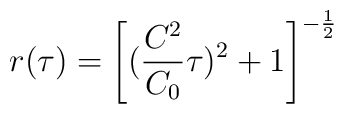
r(\tau) =\left [ (\frac{ C^{2}}{C_{0}} \tau )^{2} + 1\right ]^{-\frac{1}{2}}